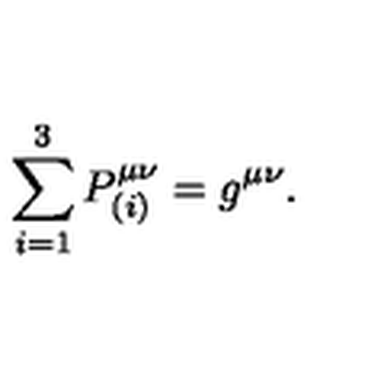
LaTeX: \sum _ { i = 1 } ^ { 3 } P _ { ( i ) } ^ { \mu \nu } = g ^ { \mu \nu } .